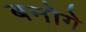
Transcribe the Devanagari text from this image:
बनोगे